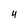
Character: 4